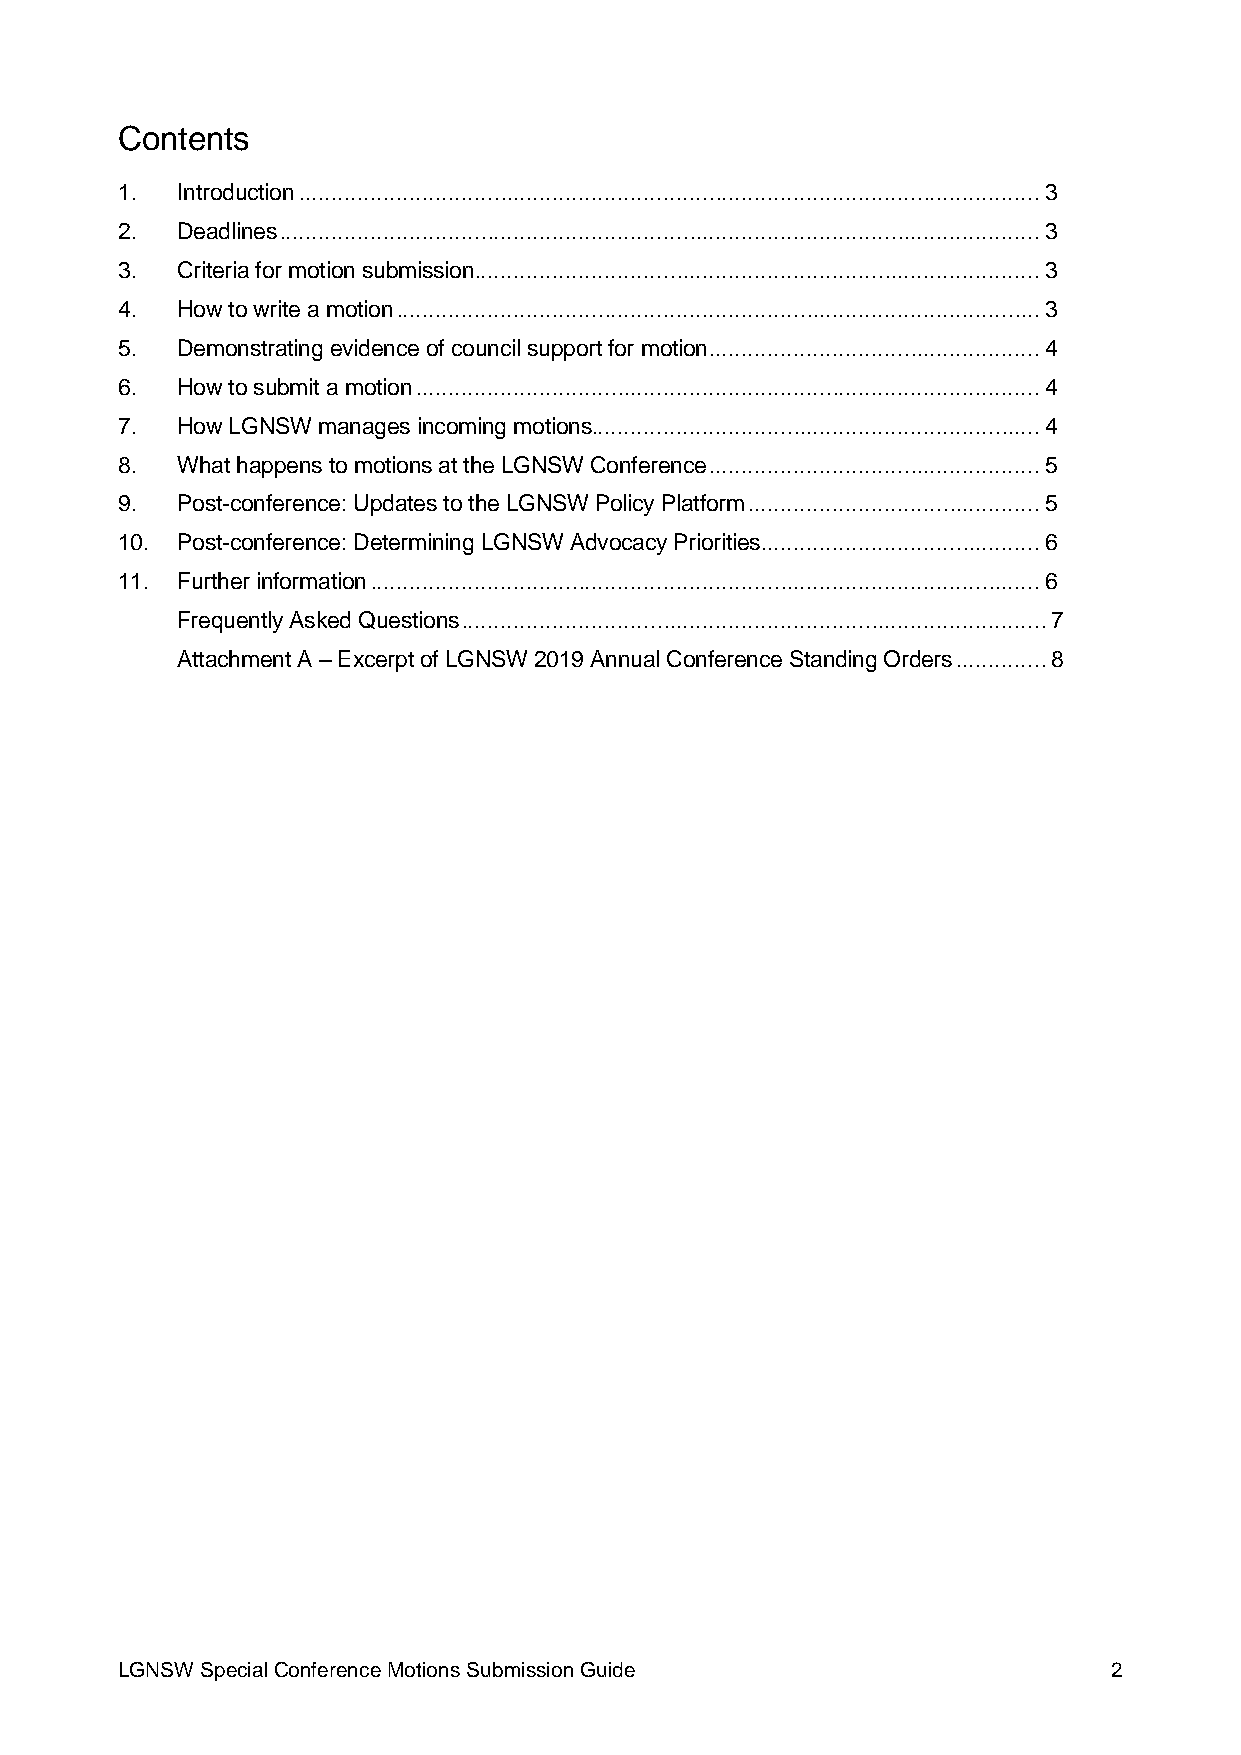
Contents
 1.  Introduction .................................................................................................................. 3
 2.  Deadlines ..................................................................................................................... 3
 3.  Criteria for motion submission ....................................................................................... 3
 4.  How to write a motion ................................................................................................... 3
 5.  Demonstrating evidence of council support for motion ................................................... 4
 6.  How to submit a motion ................................................................................................ 4
 7.  How LGNSW manages incoming motions..................................................................... 4
 8.  What happens to motions at the LGNSW Conference ................................................... 5
 9.  Post-conference: Updates to the LGNSW Policy Platform ............................................. 5
 10. Post-conference: Determining LGNSW Advocacy Priorities........................................... 6
 11. Further information ....................................................................................................... 6
 Frequently Asked Questions .......................................................................................... 7
 Attachment A – Excerpt of LGNSW 2019 Annual Conference Standing Orders .............. 8
 LGNSW Special Conference Motions Submission Guide                 2